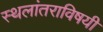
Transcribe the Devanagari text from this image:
स्थलांतराविषयी